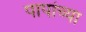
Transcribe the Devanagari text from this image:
पापांच्‍या